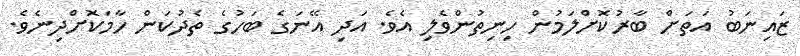
ޒައިނަބު އަތަށް ބާރުކޮށްލަމުން ހިނިތުންވެލި އެވެ. އަދި އޭނަގެ ބަހުގެ ތެދުކަން ހާމަކޮށްދިނެވެ.